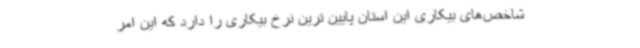
شاخص‌های بیکاری این استان پایین ترین نرخ بیکاری را دارد که این امر